Lunatic asylums Bombay report 1878-1890 - 1878-1890
Year: 1878
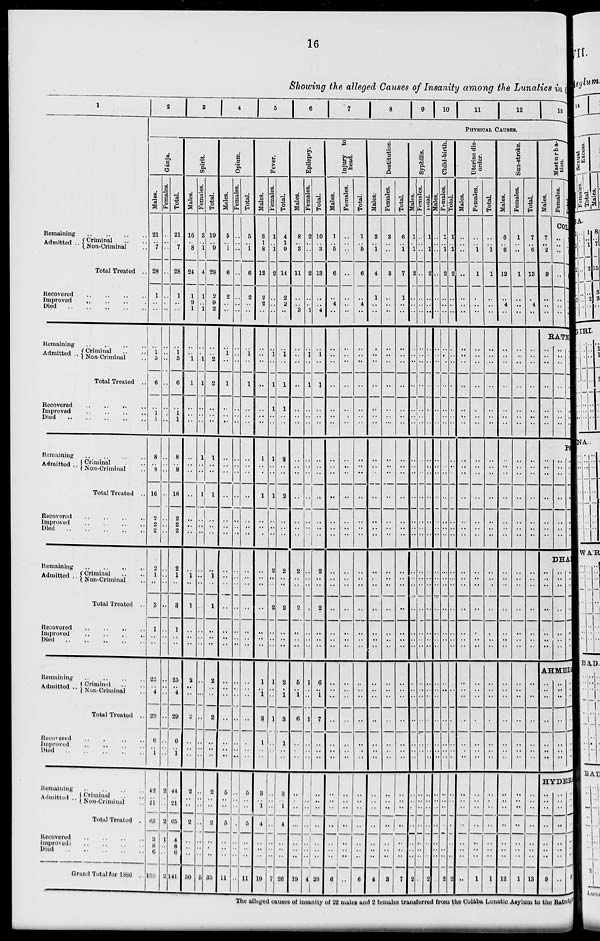
16
Showing the alleged Causes of Insanity among the Lunatics in t
1
Remaining
..
..
..
..
Admitted .. Criminal .. ..
Non-Criminal ..
Total Treated ..
Recovered
..
..
..
..
Improved
..
..
..
..
Died
..
..
..
..
..
Remaining
..
..
..
..
Admitted .. Criminal .. ..
Non-Criminal ..
Total Treated ..
Recovered
..
..
..
..
Improved
..
..
..
..
Died
..
..
..
..
Remaining
..
..
..
..
Admitted .. Criminal .. ..
Non-Criminal ..
Total Treated ..
Recovered
..
..
..
..
Improved
..
..
..
..
Died
..
..
..
..
..
Remaining
..
..
..
Admitted .. Criminal .. ..
Non-Criminal ..
Total Treated ..
Recovered
..
..
..
..
Improved
..
..
..
..
Died
..
..
..
..
..
Remaining
..
..
..
..
Admitted .. Criminal .. ..
Non-Criminal ..
Total Treated ..
Recovered .. .. .. ..
Improved
..
..
..
..
Died .. .. .. .. ..
Remaining
..
..
..
..
Admitted .. Criminal .. ..
Non-Criminal ..
Total Treated ..
Recovered
..
..
..
..
Improved
..
..
..
..
Died
..
..
..
..
..
Grand Total for 1886 ..
2
3
4
5
6
7
8
9
10
11
12
13
PHYSICAL CAUSES.
Ganja.
Males.
21
..
7
28
1
..
..
..
1
5
6
..
1
1
8
..
8
16
2
2
2
2
1
..
3
1
..
..
25
..
4
29
6
..
1
42
..
21
68
3
8
6
139
Females.
..
..
..
..
..
..
..
..
..
..
..
..
..
..
..
..
..
..
..
..
..
..
..
..
..
..
..
..
..
..
..
..
..
..
..
2
..
..
2
1
..
..
2
Total.
21
..
7
28
1
..
..
..
1
5
6
..
1
1
8
..
8
16
2
2
2
2
1
..
3
1
..
..
25
..
4
29
6
..
1
44
..
21
65
4
8
6
141
Spirit.
Males.
16
..
8
24
1
9
1
..
..
1
1
..
..
..
..
..
..
..
..
..
..
..
1
..
1
..
..
..
2
..
..
2
..
..
..
2
..
..
2
..
..
..
30
Females.
3
..
1
4
1
..
1
..
..
1
1
..
..
..
1
..
..
1
..
..
..
..
..
..
..
..
..
..
..
..
..
..
..
..
..
..
..
..
..
..
..
..
5
Total.
19
..
9
28
2
9
2
..
..
2
2
..
..
..
1
..
..
1
..
..
..
..
..
..
1
..
..
..
2
..
..
2
..
..
..
2
..
..
2
..
..
..
35
Opium.
Males.
5
..
1
6
2
..
..
..
1
..
1
..
..
..
..
..
..
..
..
..
..
..
..
..
..
..
..
..
..
..
..
..
..
..
..
5
..
..
5
..
..
..
11
Females.
..
..
..
..
..
..
..
..
..
..
..
..
..
..
..
..
..
..
..
..
..
..
..
..
..
..
..
..
..
..
..
..
..
..
..
..
..
..
..
..
..
..
..
Total.
5
..
1
6
2
..
..
..
1
..
1
..
..
..
..
..
..
..
..
..
..
..
..
..
..
..
..
..
..
..
..
..
..
..
..
5
..
..
5
..
..
..
11
Fever.
Males.
3
1
8
12
2
2
..
..
..
..
..
..
..
..
1
..
..
1
..
..
..
..
..
..
..
..
..
..
1
..
1
2
1
..
..
3
..
1
4
..
..
..
19
Females.
1
1
2
..
..
..
..
1
..
1
1
..
..
1
..
..
1
..
..
..
2
..
..
2
..
..
..
1
..
..
1
..
..
..
..
..
..
..
..
..
..
7
Total.
4
1
9
14
2
2
..
..
1
..
1
1
..
..
2
..
..
2
..
..
..
2
..
..
2
..
..
..
2
..
1
3
1
..
..
3
..
1
4
..
..
..
26
Epilepsy.
Males.
8
..
3
11
..
..
3
..
..
..
..
..
..
..
..
..
..
..
..
..
..
2
..
..
2
..
..
..
5
..
1
6
..
..
..
..
..
..
..
..
..
..
19
Females.
2
..
..
2
..
..
1
..
1
..
1
..
..
..
..
..
..
..
..
..
..
..
..
..
..
..
..
..
1
..
..
1
..
..
..
..
..
..
..
..
..
..
4
Total.
10
..
3
13
..
..
4
..
1
..
1
..
..
..
..
..
..
..
..
..
..
2
..
..
2
..
..
..
6
..
1
7
..
..
..
..
..
..
..
..
..
..
23
Injury
to
head.
Males.
1
..
5
6
..
4
..
..
..
..
..
..
..
..
..
..
..
..
..
..
..
..
..
..
..
..
..
..
..
..
..
..
..
..
..
..
..
..
..
..
..
..
6
Females.
..
..
..
..
..
..
..
..
..
..
..
..
..
..
..
..
..
..
..
..
..
..
..
..
..
..
..
..
..
..
..
..
..
..
..
..
..
..
..
..
..
..
..
Total.
1
..
5
6
..
4
..
..
..
..
..
..
..
..
..
..
..
..
..
..
..
..
..
..
..
..
..
..
..
..
..
..
..
..
..
..
..
..
..
..
..
..
6
Destitution.
Males.
3
..
1
4
1
..
..
..
..
..
..
..
..
..
..
..
..
..
..
..
..
..
..
..
..
..
..
..
..
..
..
..
..
..
..
..
..
..
..
..
..
..
4
Females.
3
..
..
3
..
..
..
..
..
..
..
..
..
..
..
..
..
..
..
..
..
..
..
..
..
..
..
..
..
..
..
..
..
..
..
..
..
..
..
..
..
..
8
Total.
6
..
1
7
1
..
..
..
..
..
..
..
..
..
..
..
..
..
..
..
..
..
..
..
..
..
..
..
..
..
..
..
..
..
..
..
..
..
..
..
..
..
7
Syphilis.
Males.
1
..
1
2
..
..
..
..
..
..
..
..
..
..
..
..
..
..
..
..
..
..
..
..
..
..
..
..
..
..
..
..
..
..
..
..
..
..
..
..
..
..
..
2
Females.
..
..
..
..
..
..
..
..
..
..
..
..
..
..
..
..
..
..
..
..
..
..
..
..
..
..
..
..
..
..
..
..
..
..
..
..
..
..
..
..
..
..
..
..
Total.
1
..
1
2
..
..
..
..
..
..
..
..
..
..
..
..
..
..
..
..
..
..
..
. .
..
..
..
..
..
..
..
..
..
..
..
..
..
..
..
..
..
..
..
2
Child-birth.
Males.
..
..
..
..
..
..
..
..
..
..
..
..
..
..
..
..
..
..
..
..
..
..
..
...
..
..
..
..
..
..
..
..
..
..
..
..
..
..
..
..
..
..
..
..
Females.
1
..
1
2
..
..
..
..
..
..
..
..
..
..
..
..
..
..
..
..
..
..
..
..
..
..
..
..
..
..
..
..
..
..
..
..
..
..
..
..
..
..
..
2
Total.
1
..
1
1
..
..
..
..
..
..
..
..
..
..
..
..
..
..
..
..
..
..
..
..
..
..
..
..
..
..
..
..
..
..
..
..
..
..
..
..
..
..
..
2
Uterine dis-
order.
Males.
..
..
..
..
..
..
..
..
..
..
..
..
..
..
..
..
..
..
..
..
..
..
..
..
..
..
..
..
..
..
..
..
..
..
..
..
..
..
..
..
..
..
..
..
..
Females.
..
..
1
1
..
..
..
..
..
..
..
..
..
..
..
..
..
..
..
..
..
..
..
..
..
..
..
..
..
..
..
..
..
..
..
..
..
..
..
..
..
..
..
..
1
Total.
..
..
1
1
..
..
..
..
..
..
..
..
..
..
..
..
..
..
..
..
..
..
..
..
..
..
..
..
..
..
..
..
..
..
..
..
..
..
..
..
..
..
..
..
1
Sun-stroke.
Males.
6
..
6
12
..
4
..
..
..
..
..
..
..
..
..
..
..
..
..
..
..
..
..
..
..
..
..
..
..
..
...
..
..
..
..
..
..
..
..
..
..
..
..
..
12
Females.
1
..
..
1
..
..
..
..
..
..
..
..
..
..
..
..
..
..
..
..
..
..
..
..
..
..
..
..
..
..
..
..
..
..
..
..
..
..
..
..
..
..
..
..
1
Total.
7
..
6
13
..
4
..
..
..
..
..
..
..
..
..
..
..
..
..
..
..
..
..
..
..
..
..
..
..
..
..
..
..
..
..
..
..
..
..
..
..
..
..
..
13
Masturba-
tion.
Males.
7
..
2
9
..
..
..
Females.
COL
..
..
..
..
..
..
..
Total
..
..
..
..
..
..
..
RATN
..
..
..
..
..
..
..
..
..
..
..
..
..
..
..
..
..
..
PO
..
..
..
..
..
..
..
..
..
..
..
..
..
..
..
..
..
..
DHA
..
..
..
..
..
..
..
..
..
..
..
..
..
..
..
..
..
..
..
..
..
AHMEDA
..
..
..
..
..
..
..
..
..
..
..
..
..
..
9
..
..
..
..
..
..
..
..
..
..
..
..
HYDER
..
..
..
..
..
..
..
..
..
..
..
..
..
..
..
9
The alleged causes of insanity of 22 males and 2 females transferred from the Colaba Lunatic Asylum to the Ratnagi